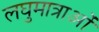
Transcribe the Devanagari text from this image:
लघुमात्राओं